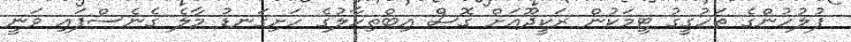
ފުލުހުންގެ ތަހުގީގު ޓީމަކުން ރަކީދޫއަށް ގޮސް އިބްތިހާލުގެ ހަށިގަނޑު މާލެ ގެނެސްފައި ވަނީ